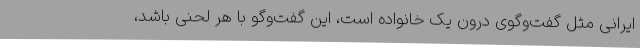
ایرانی مثل گفت‌وگوی درون یک خانواده است، این گفت‌وگو با هر لحنی باشد،